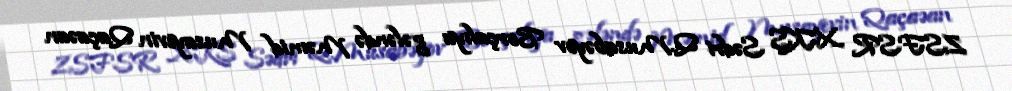
ZSFSR XKS Sədri Q.Musabəyov Borçalıya gələndə Məmid Musayevin Qaçaəan